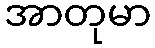
အာတုမာ